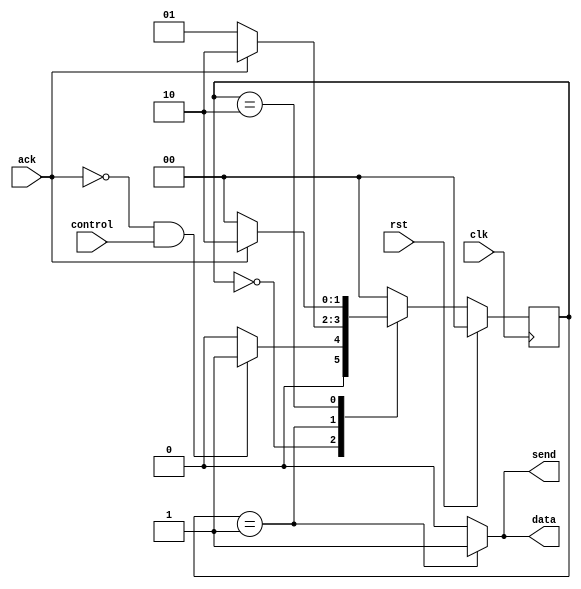
module CPU_async(ack,send, control, data,clk,rst);
  output reg send;
  output reg data;

  input control;
  input ack;
  input clk;
  input rst;

  reg [1:0] S;
  reg [1:0] NS;

  always @ (posedge clk)
    begin
      if (rst == 1)
        S <= 2'b00;
      else
        S <= NS;
    end

  always @ (*)
    begin
      case ({S})
        2'b00://estado 00
          if(ack == 0 && control == 1)
            	NS = 2'b01;
        	else
          	    NS = 2'b00;
        2'b01://estado 01
          if (ack == 0)
          	NS = 2'b01;
          else
          	NS = 2'b10;
        2'b10://estado 10
          if(ack == 1)
            NS = 2'b10;
          else
            NS = 2'b00;
        default:// estado 11
            NS = 2'b00;
      endcase
    end
  
  always @ (*)
    begin
      case ({S})
        2'b00://estado 00
          begin
          	send = 0;
            data = 0;
          end
        2'b01://estado 01
          begin
          	send = 1;
            data = 1;
          end
        2'b10://estado 10
          begin
          	send = 0;
            data = 0;
          end
        default:// estado 11
          begin
          	send = 0;
            data = 0;
          end
      endcase
    end
endmodule